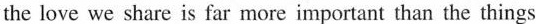
the love we share is far more important than the things